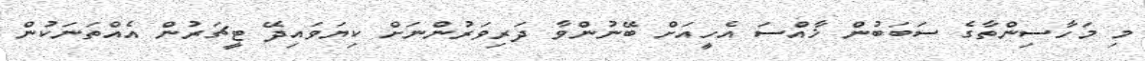
މި މަހާސިންތާގެ ސަބަބުން ޚާއްސަ އެހީއަށް ބޭނުންވާ ދަރިވަރުންނަށް ކިޔަވައިދޭ ޓީޗަރުން އެއްތަނަކުން